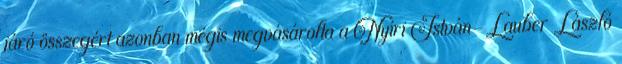
járó összegért azonban mégis megvásárolta a Nyíri István-Lauber László